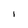
Character: I